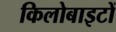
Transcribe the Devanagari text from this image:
किलोबाइटों